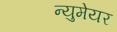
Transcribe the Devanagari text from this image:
न्युमेयर